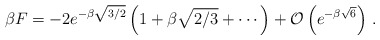
\begin{align*}\beta F = -2 e^{-\beta \sqrt{3/2}} \left(1 + \beta \sqrt{2/3} + \cdots\right)+ {\cal O}\left(e^{-\beta \sqrt{6}}\right) \,.\end{align*}